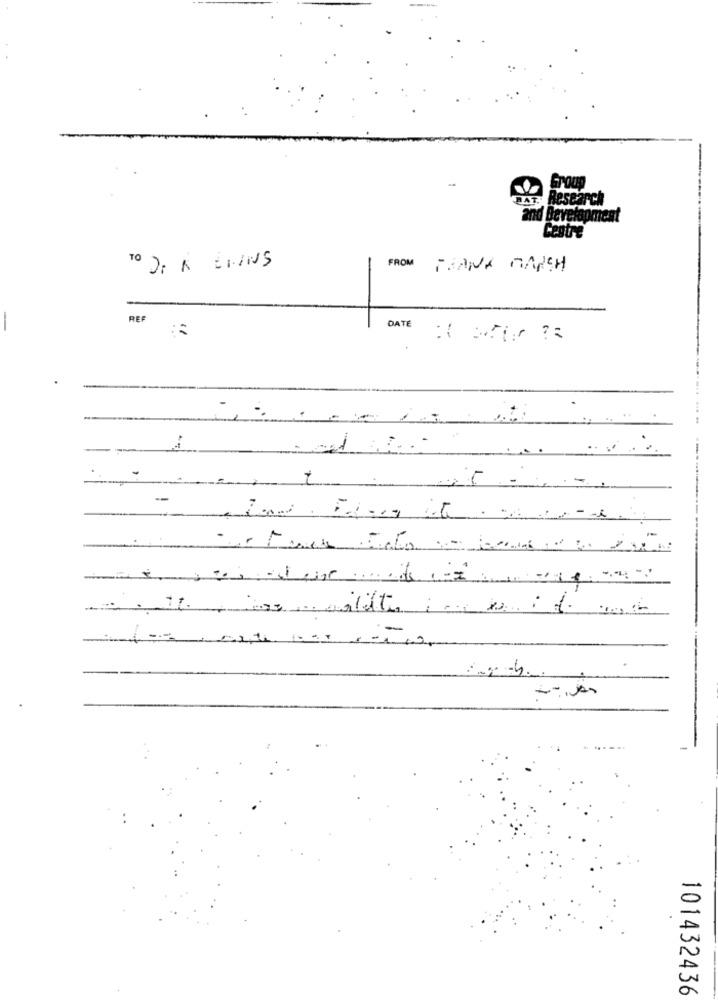
Parc
TO DE A ENINS
FROM
THANK MARSH
REF
DATE
-
-
-1
101432436